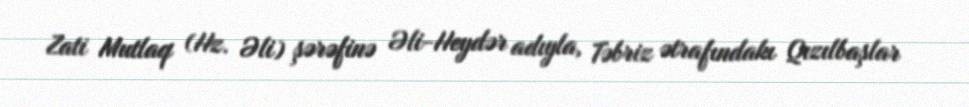
Zati Mutlaq (Hz. Əli) şərəfinə Əli-Heydər adıyla, Təbriz ətrafındakı Qızılbaşlar